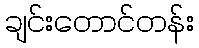
ချင်းတောင်တန်း